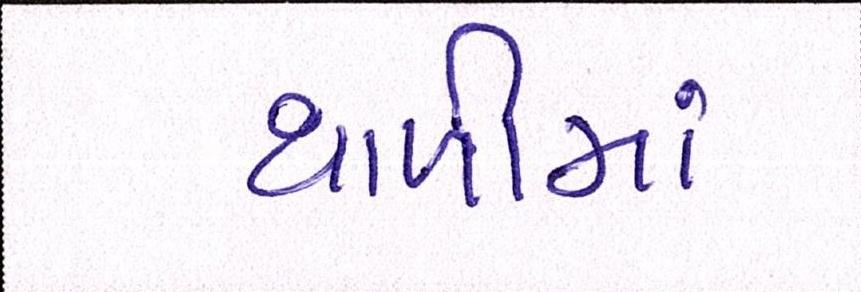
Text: થાળીમાં